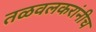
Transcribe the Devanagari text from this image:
तळवलकरांनीच